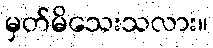
မှတ်မိသေးသလား။